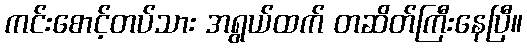
ကင်းစောင့်တပ်သား အရွယ်ထက် တဆိတ်ကြီးနေပြီ။